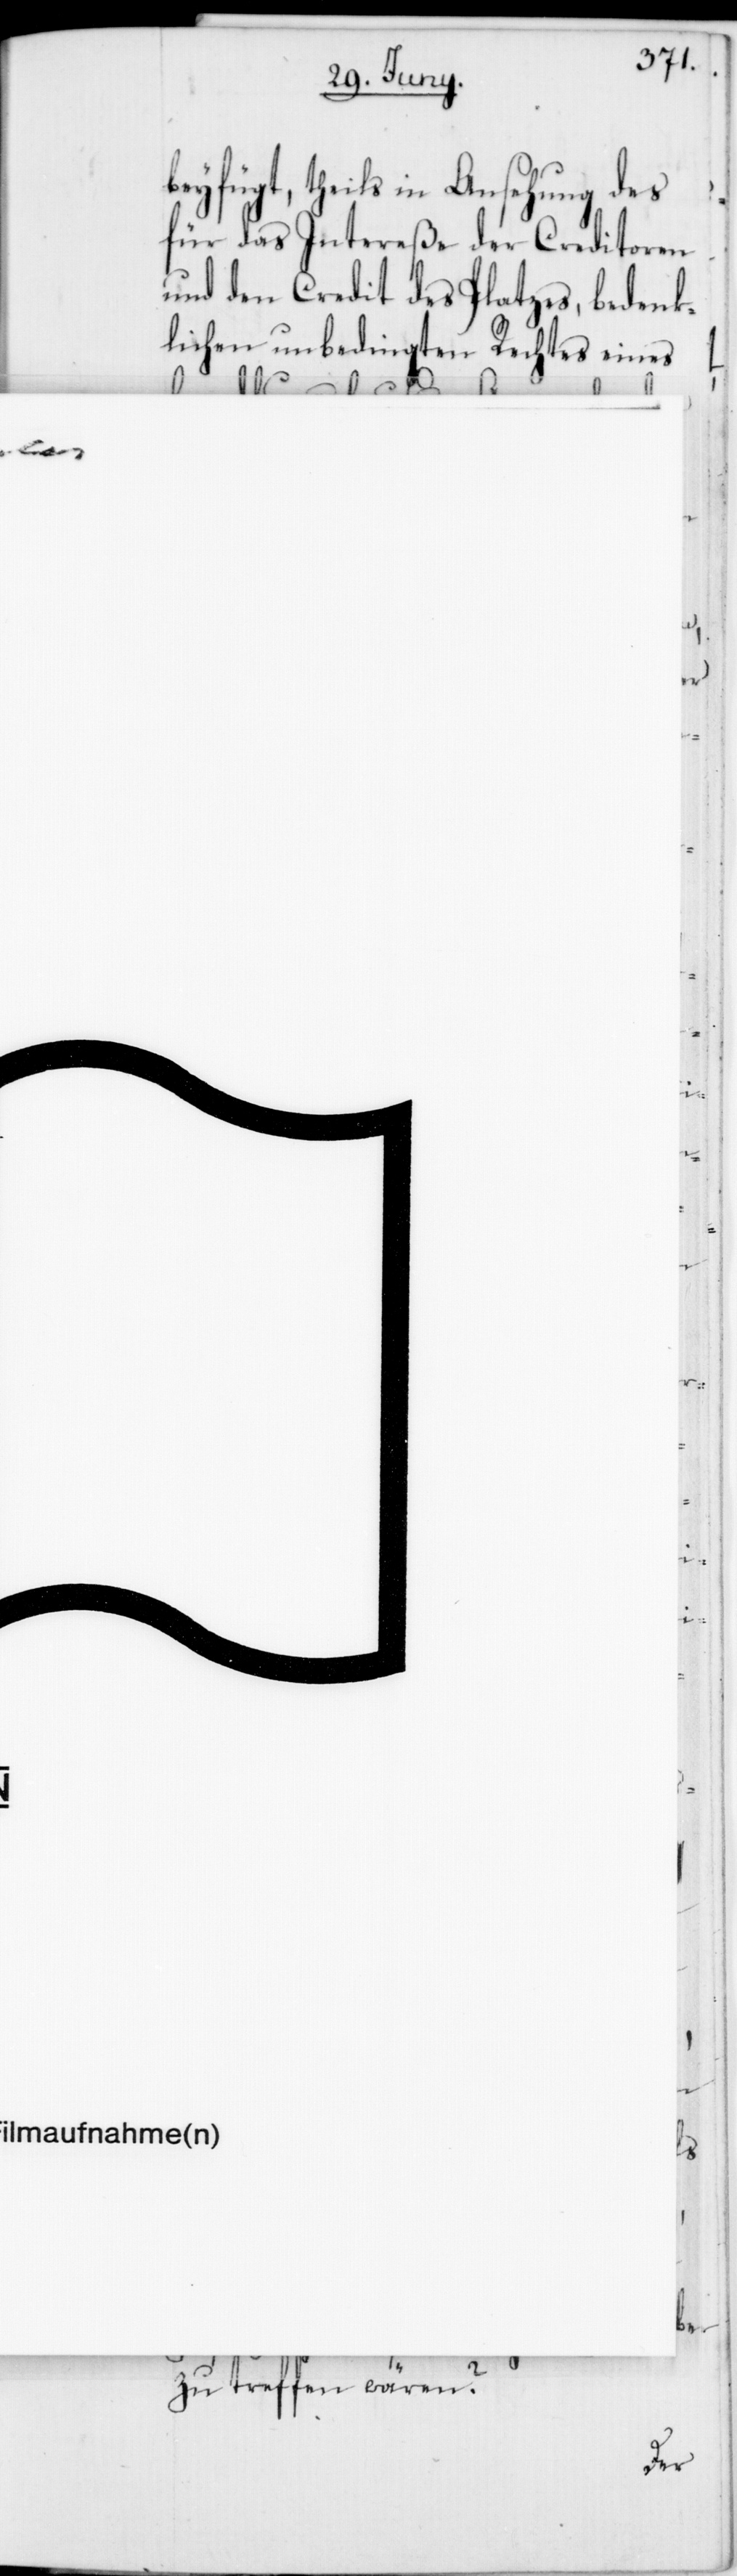
bejah¬

beyfügt, theils in Ansehung des
für das Intereße der Creditoren
und diese
dit des Platzes, bedenk¬
Rechtes eines
L.
Bestimmungen hierüber
zu treffen wären?

oder

was